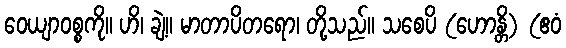
ဝေယျာဝစ္စကို။ ဟိ၊ ချဲ့။ မာတာပိတရော၊ တို့သည်။ သစေပိ (ဟောန္တိ) (ဧဝံ